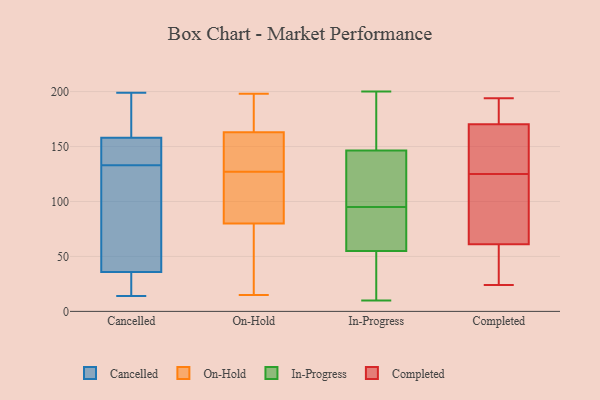
{"axis": {"x": "Active Users", "y": "Value"}, "legend": ["Cancelled", "Completed", "In-Progress", "On-Hold"], "data": [{"x": "", "y": 146, "type": "Cancelled"}, {"x": "", "y": 76, "type": "Cancelled"}, {"x": "", "y": 149, "type": "Cancelled"}, {"x": "", "y": 38, "type": "Cancelled"}, {"x": "", "y": 38, "type": "Cancelled"}, {"x": "", "y": 35, "type": "Cancelled"}, {"x": "", "y": 168, "type": "Cancelled"}, {"x": "", "y": 135, "type": "Cancelled"}, {"x": "", "y": 133, "type": "Cancelled"}, {"x": "", "y": 185, "type": "Cancelled"}, {"x": "", "y": 14, "type": "Cancelled"}, {"x": "", "y": 199, "type": "Cancelled"}, {"x": "", "y": 25, "type": "Cancelled"}, {"x": "", "y": 161, "type": "Cancelled"}, {"x": "", "y": 20, "type": "Cancelled"}, {"x": "", "y": 49, "type": "On-Hold"}, {"x": "", "y": 166, "type": "On-Hold"}, {"x": "", "y": 122, "type": "On-Hold"}, {"x": "", "y": 198, "type": "On-Hold"}, {"x": "", "y": 145, "type": "On-Hold"}, {"x": "", "y": 64, "type": "On-Hold"}, {"x": "", "y": 104, "type": "On-Hold"}, {"x": "", "y": 81, "type": "On-Hold"}, {"x": "", "y": 160, "type": "On-Hold"}, {"x": "", "y": 168, "type": "On-Hold"}, {"x": "", "y": 108, "type": "On-Hold"}, {"x": "", "y": 15, "type": "On-Hold"}, {"x": "", "y": 196, "type": "On-Hold"}, {"x": "", "y": 79, "type": "On-Hold"}, {"x": "", "y": 131, "type": "On-Hold"}, {"x": "", "y": 160, "type": "On-Hold"}, {"x": "", "y": 123, "type": "On-Hold"}, {"x": "", "y": 147, "type": "On-Hold"}, {"x": "", "y": 175, "type": "On-Hold"}, {"x": "", "y": 24, "type": "On-Hold"}, {"x": "", "y": 108, "type": "In-Progress"}, {"x": "", "y": 62, "type": "In-Progress"}, {"x": "", "y": 10, "type": "In-Progress"}, {"x": "", "y": 112, "type": "In-Progress"}, {"x": "", "y": 195, "type": "In-Progress"}, {"x": "", "y": 29, "type": "In-Progress"}, {"x": "", "y": 99, "type": "In-Progress"}, {"x": "", "y": 193, "type": "In-Progress"}, {"x": "", "y": 18, "type": "In-Progress"}, {"x": "", "y": 73, "type": "In-Progress"}, {"x": "", "y": 91, "type": "In-Progress"}, {"x": "", "y": 200, "type": "In-Progress"}, {"x": "", "y": 161, "type": "In-Progress"}, {"x": "", "y": 44, "type": "In-Progress"}, {"x": "", "y": 72, "type": "In-Progress"}, {"x": "", "y": 82, "type": "In-Progress"}, {"x": "", "y": 121, "type": "In-Progress"}, {"x": "", "y": 48, "type": "In-Progress"}, {"x": "", "y": 177, "type": "In-Progress"}, {"x": "", "y": 132, "type": "In-Progress"}, {"x": "", "y": 143, "type": "Completed"}, {"x": "", "y": 125, "type": "Completed"}, {"x": "", "y": 190, "type": "Completed"}, {"x": "", "y": 140, "type": "Completed"}, {"x": "", "y": 117, "type": "Completed"}, {"x": "", "y": 194, "type": "Completed"}, {"x": "", "y": 63, "type": "Completed"}, {"x": "", "y": 61, "type": "Completed"}, {"x": "", "y": 189, "type": "Completed"}, {"x": "", "y": 38, "type": "Completed"}, {"x": "", "y": 168, "type": "Completed"}, {"x": "", "y": 154, "type": "Completed"}, {"x": "", "y": 61, "type": "Completed"}, {"x": "", "y": 92, "type": "Completed"}, {"x": "", "y": 57, "type": "Completed"}, {"x": "", "y": 24, "type": "Completed"}, {"x": "", "y": 177, "type": "Completed"}]}